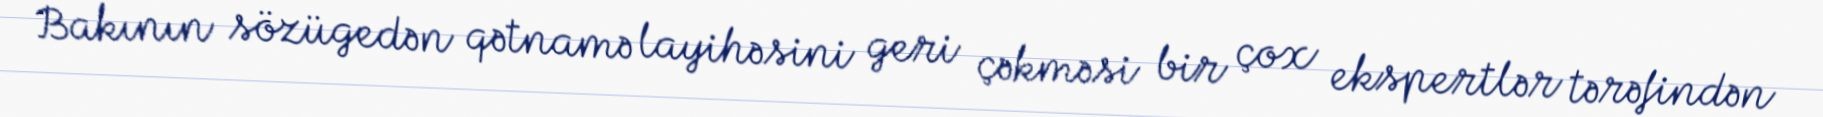
Bakının sözügedən qətnamə layihəsini geri çəkməsi bir çox ekspertlər tərəfindən